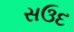
સઉદ